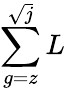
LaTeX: \sum\limits_{g=z}^{\sqrt{j}}L